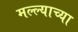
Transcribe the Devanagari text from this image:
मल्ल्याच्या